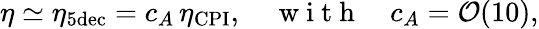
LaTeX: \eta\simeq\eta_{5\mathrm{dec}}=c_{A}\, \eta_{\mathrm{CPI}},\quad\mathrm{~w~i~t~h~}\quad c_{A}=\mathcal{O}(10),